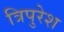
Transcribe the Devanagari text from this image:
त्रिपुरेश